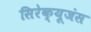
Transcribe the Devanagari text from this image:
सिरेक्यूजंस